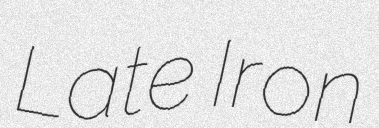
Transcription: Late Iron